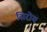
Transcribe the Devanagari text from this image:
सिरोय